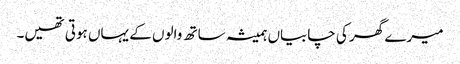
میرے گھر کی چابیاں ہمیشہ ساتھ والوں کے یہاں ہوتی تھیں۔